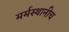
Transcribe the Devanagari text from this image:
मर्मस्थानीच